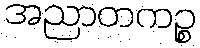
အညာတကဉ္စ